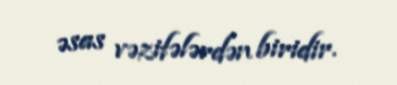
əsas vəzifələrdən biridir.